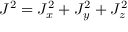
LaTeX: J ^ { 2 } = J _ { x } ^ { 2 } + J _ { y } ^ { 2 } + J _ { z } ^ { 2 }